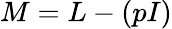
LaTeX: M=L-(pI)